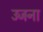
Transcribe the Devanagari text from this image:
उजना